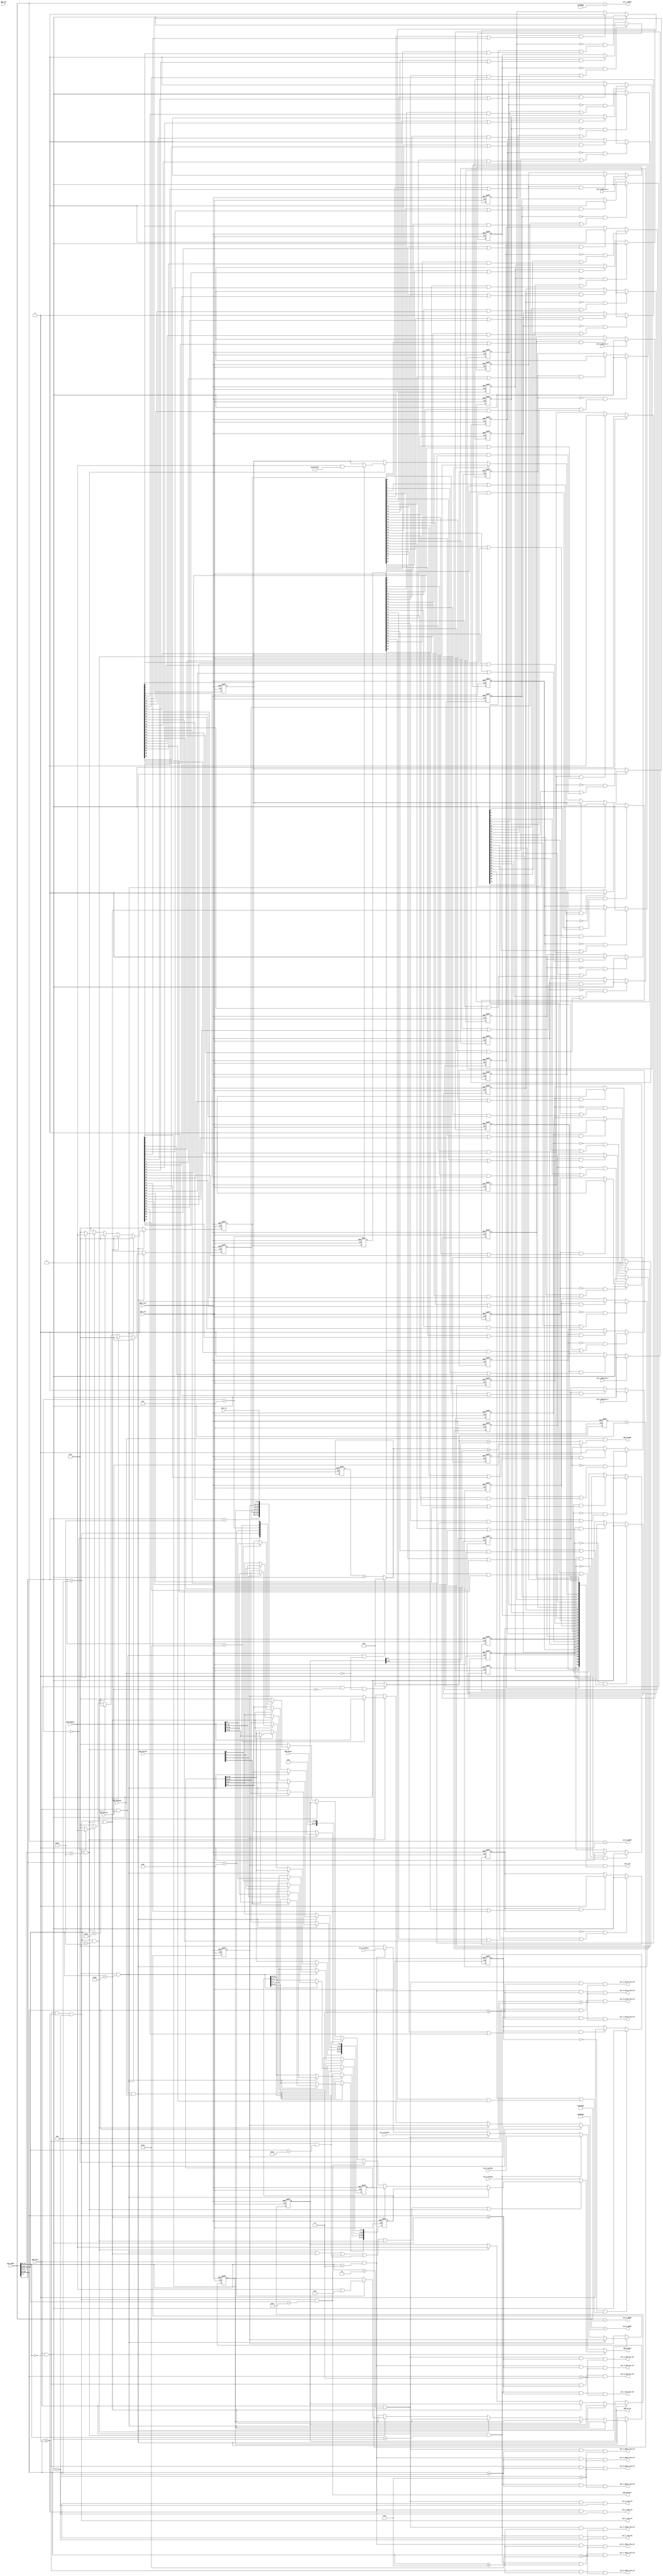
// ================================================================
// NVDLA Open Source Project
// 
// Copyright(c) 2016 - 2017 NVIDIA Corporation.  Licensed under the
// NVDLA Open Hardware License; Check "LICENSE" which comes with 
// this distribution for more information.
// ================================================================


module NV_FPGA_unit_checkbox_mem_dut_apb_slave (
   apb_clk
  ,apb_rstn
  ,apb_paddr
  ,apb_penable
  ,apb_pns
  ,apb_psel
  ,apb_puser
  ,apb_pwdata
  ,apb_pwrite
  ,apb_pwstrb
  ,axi_0_prdata
  ,axi_1_prdata
  ,axi_2_prdata
  ,axi_3_prdata
  ,intr_in
  ,test_complete_0
  ,test_complete_1
  ,test_complete_2
  ,test_complete_3
  ,apb_prdata
  ,apb_pready
  ,apb_pslverr
  ,apb_wr_op
  ,axi_0_cmd_ram_sel
  ,axi_0_paddr
  ,axi_0_rdata_ram_sel
  ,axi_0_reg_sel
  ,axi_0_wdata_ram_sel
  ,axi_0_wstrb_ram_sel
  ,axi_1_cmd_ram_sel
  ,axi_1_paddr
  ,axi_1_rdata_ram_sel
  ,axi_1_reg_sel
  ,axi_1_wdata_ram_sel
  ,axi_1_wstrb_ram_sel
  ,axi_2_cmd_ram_sel
  ,axi_2_paddr
  ,axi_2_rdata_ram_sel
  ,axi_2_reg_sel
  ,axi_2_wdata_ram_sel
  ,axi_2_wstrb_ram_sel
  ,axi_3_cmd_ram_sel
  ,axi_3_paddr
  ,axi_3_rdata_ram_sel
  ,axi_3_reg_sel
  ,axi_3_wdata_ram_sel
  ,axi_3_wstrb_ram_sel
  ,intr_out
  );
input         apb_clk;
input         apb_rstn;
input  [23:0] apb_paddr;
input         apb_penable;
input         apb_pns;
input         apb_psel;
input  [12:0] apb_puser;
input  [31:0] apb_pwdata;
input         apb_pwrite;
input   [3:0] apb_pwstrb;
input  [31:0] axi_0_prdata;
input  [31:0] axi_1_prdata;
input  [31:0] axi_2_prdata;
input  [31:0] axi_3_prdata;
input  [31:0] intr_in;
input         test_complete_0;
input         test_complete_1;
input         test_complete_2;
input         test_complete_3;
output [31:0] apb_prdata;
output        apb_pready;
output        apb_pslverr;
output        apb_wr_op;
output        axi_0_cmd_ram_sel;
output [23:0] axi_0_paddr;
output        axi_0_rdata_ram_sel;
output        axi_0_reg_sel;
output        axi_0_wdata_ram_sel;
output        axi_0_wstrb_ram_sel;
output        axi_1_cmd_ram_sel;
output [23:0] axi_1_paddr;
output        axi_1_rdata_ram_sel;
output        axi_1_reg_sel;
output        axi_1_wdata_ram_sel;
output        axi_1_wstrb_ram_sel;
output        axi_2_cmd_ram_sel;
output [23:0] axi_2_paddr;
output        axi_2_rdata_ram_sel;
output        axi_2_reg_sel;
output        axi_2_wdata_ram_sel;
output        axi_2_wstrb_ram_sel;
output        axi_3_cmd_ram_sel;
output [23:0] axi_3_paddr;
output        axi_3_rdata_ram_sel;
output        axi_3_reg_sel;
output        axi_3_wdata_ram_sel;
output        axi_3_wstrb_ram_sel;
output [31:0] intr_out;
reg    [31:0] apb_delay_reg;
reg    [31:0] apb_prdata;
reg     [7:0] apb_rd_cnt_reg;
reg    [31:0] apb_test_reg1;
reg    [31:0] apb_test_reg2;
reg    [31:0] apb_test_reg_prdata;
reg     [7:0] apb_wr_cnt_reg;
reg    [31:0] intr_reg;
reg    [31:0] reg_apb_timer;
reg    [31:0] reg_intr_test_clear;
reg    [31:0] reg_intr_test_clear_1t;
reg    [31:0] reg_intr_test_en;
reg    [31:0] reg_intr_test_mode1;
reg    [31:0] reg_intr_test_mode2;
reg    [31:0] reg_intr_test_set;
wire          apb_delay_done;
wire          apb_delay_reg_sel;
wire    [7:0] apb_rd_cnt;
wire          apb_rd_op;
wire    [7:0] apb_rd_random_delay;
wire          apb_test_reg1_sel;
wire          apb_test_reg2_sel;
wire          apb_test_reg3_sel;
wire          apb_test_reg4_sel;
wire          apb_test_reg_sel;
wire          apb_timer_reg_sel;
wire    [7:0] apb_wr_cnt;
wire    [7:0] apb_wr_random_delay;
wire    [3:0] axi_0_base_addr;
wire          axi_0_sel;
wire    [3:0] axi_1_base_addr;
wire          axi_1_sel;
wire    [3:0] axi_2_base_addr;
wire          axi_2_sel;
wire    [3:0] axi_3_base_addr;
wire          axi_3_sel;
wire          intr_test_reg_sel;
wire   [31:0] reg_intr_test_downstream;


//input          apb_psel;
//input          apb_penable;
//input          apb_pwrite;
//input          apb_pns;
//input [3:0]    apb_pwstrb;
//input [23:0]   apb_paddr;
//input [31:0]   apb_pwdata;
//output           apb_pslverr;
//output           apb_pready;
//output  [31:0]   apb_prdata;




/////////////////////////////////////////////////////////////////////////////////
// address decode
/////////////////////////////////////////////////////////////////////////////////

parameter APB_BASE_ADDR  = 24'h000000;
parameter AXI_PORT_SPACE = 24'h100000;

// use APB_REG1 to define APB_WR_RAMDOM_DELAY and APB_RD_RANDOM_DELAY.
parameter APB_DELAY_REG_OFFSET = 16'h0080;
parameter APB_TIMER_REG_OFFSET = 16'h0084;
parameter APB_TEST_REG1_OFFSET = 16'h0100;
parameter APB_TEST_REG2_OFFSET = 16'h0104;
parameter APB_TEST_REG3_OFFSET = 16'h0108;
parameter APB_TEST_REG4_OFFSET = 16'h010C;

parameter INTR_TEST_REG_BASE = 16'h2000;
parameter INTR_TEST_SET_REG = 8'h00;    // write 1 to set interrupt bits
parameter INTR_TEST_CLEAR_REG = 8'h04;  // write 1 to clear interrupt bits
parameter INTR_TEST_MODE1_REG = 8'h08;  // set interrupt type: level or pulse
parameter INTR_TEST_MODE2_REG = 8'h0C;  // set 1 to enable assert interrupt imediately after clear that bit.
parameter INTR_TEST_EN_REG    = 8'h10;  // enable interrupt bits.

parameter INTR_TEST_DOWNSTREAM_REG = 8'h20;

// bit [19:16]
`define NV_FPGA_UNIT_MEM_DUT_AXI_REG_BASE        4'h0
`define NV_FPGA_UNIT_MEM_DUT_AXI_CMD_RAM_BASE    4'h1
`define NV_FPGA_UNIT_MEM_DUT_AXI_WE_RAM_BASE     4'h3
`define NV_FPGA_UNIT_MEM_DUT_AXI_WDATA_RAM_BASE  4'h4
`define NV_FPGA_UNIT_MEM_DUT_AXI_RDATA_RAM_BASE  4'hA

assign axi_0_base_addr = (APB_BASE_ADDR[23:20] + (AXI_PORT_SPACE[23:20]*0));
assign axi_0_paddr = (apb_paddr - {axi_0_base_addr, 20'b0}); // spyglass disable W484
assign axi_0_sel = apb_psel & (apb_paddr[23:20] == axi_0_base_addr);
assign axi_0_reg_sel        = axi_0_sel & (apb_paddr[19:16] >= `NV_FPGA_UNIT_MEM_DUT_AXI_REG_BASE      ) & (apb_paddr[19:16] < `NV_FPGA_UNIT_MEM_DUT_AXI_CMD_RAM_BASE  );
assign axi_0_cmd_ram_sel    = axi_0_sel & (apb_paddr[19:16] >= `NV_FPGA_UNIT_MEM_DUT_AXI_CMD_RAM_BASE  ) & (apb_paddr[19:16] < `NV_FPGA_UNIT_MEM_DUT_AXI_WE_RAM_BASE   );
assign axi_0_wstrb_ram_sel  = axi_0_sel & (apb_paddr[19:16] >= `NV_FPGA_UNIT_MEM_DUT_AXI_WE_RAM_BASE   ) & (apb_paddr[19:16] < `NV_FPGA_UNIT_MEM_DUT_AXI_WDATA_RAM_BASE);
assign axi_0_wdata_ram_sel  = axi_0_sel & (apb_paddr[19:16] >= `NV_FPGA_UNIT_MEM_DUT_AXI_WDATA_RAM_BASE) & (apb_paddr[19:16] < `NV_FPGA_UNIT_MEM_DUT_AXI_RDATA_RAM_BASE);
assign axi_0_rdata_ram_sel  = axi_0_sel & (apb_paddr[19:16] >= `NV_FPGA_UNIT_MEM_DUT_AXI_RDATA_RAM_BASE) & (apb_paddr[19:16] < AXI_PORT_SPACE[23:16]);

assign axi_1_base_addr = (APB_BASE_ADDR[23:20] + (AXI_PORT_SPACE[23:20]*1));
assign axi_1_paddr = (apb_paddr - {axi_1_base_addr, 20'b0}); // spyglass disable W484
assign axi_1_sel = apb_psel & (apb_paddr[23:20] == axi_1_base_addr);
assign axi_1_reg_sel        = axi_1_sel & (apb_paddr[19:16] >= `NV_FPGA_UNIT_MEM_DUT_AXI_REG_BASE      ) & (apb_paddr[19:16] < `NV_FPGA_UNIT_MEM_DUT_AXI_CMD_RAM_BASE  );
assign axi_1_cmd_ram_sel    = axi_1_sel & (apb_paddr[19:16] >= `NV_FPGA_UNIT_MEM_DUT_AXI_CMD_RAM_BASE  ) & (apb_paddr[19:16] < `NV_FPGA_UNIT_MEM_DUT_AXI_WE_RAM_BASE   );
assign axi_1_wstrb_ram_sel  = axi_1_sel & (apb_paddr[19:16] >= `NV_FPGA_UNIT_MEM_DUT_AXI_WE_RAM_BASE   ) & (apb_paddr[19:16] < `NV_FPGA_UNIT_MEM_DUT_AXI_WDATA_RAM_BASE);
assign axi_1_wdata_ram_sel  = axi_1_sel & (apb_paddr[19:16] >= `NV_FPGA_UNIT_MEM_DUT_AXI_WDATA_RAM_BASE) & (apb_paddr[19:16] < `NV_FPGA_UNIT_MEM_DUT_AXI_RDATA_RAM_BASE);
assign axi_1_rdata_ram_sel  = axi_1_sel & (apb_paddr[19:16] >= `NV_FPGA_UNIT_MEM_DUT_AXI_RDATA_RAM_BASE) & (apb_paddr[19:16] < AXI_PORT_SPACE[23:16]);

assign axi_2_base_addr = (APB_BASE_ADDR[23:20] + (AXI_PORT_SPACE[23:20]*2));
assign axi_2_paddr = (apb_paddr - {axi_2_base_addr, 20'b0}); // spyglass disable W484
assign axi_2_sel = apb_psel & (apb_paddr[23:20] == axi_2_base_addr);
assign axi_2_reg_sel        = axi_2_sel & (apb_paddr[19:16] >= `NV_FPGA_UNIT_MEM_DUT_AXI_REG_BASE      ) & (apb_paddr[19:16] < `NV_FPGA_UNIT_MEM_DUT_AXI_CMD_RAM_BASE  );
assign axi_2_cmd_ram_sel    = axi_2_sel & (apb_paddr[19:16] >= `NV_FPGA_UNIT_MEM_DUT_AXI_CMD_RAM_BASE  ) & (apb_paddr[19:16] < `NV_FPGA_UNIT_MEM_DUT_AXI_WE_RAM_BASE   );
assign axi_2_wstrb_ram_sel  = axi_2_sel & (apb_paddr[19:16] >= `NV_FPGA_UNIT_MEM_DUT_AXI_WE_RAM_BASE   ) & (apb_paddr[19:16] < `NV_FPGA_UNIT_MEM_DUT_AXI_WDATA_RAM_BASE);
assign axi_2_wdata_ram_sel  = axi_2_sel & (apb_paddr[19:16] >= `NV_FPGA_UNIT_MEM_DUT_AXI_WDATA_RAM_BASE) & (apb_paddr[19:16] < `NV_FPGA_UNIT_MEM_DUT_AXI_RDATA_RAM_BASE);
assign axi_2_rdata_ram_sel  = axi_2_sel & (apb_paddr[19:16] >= `NV_FPGA_UNIT_MEM_DUT_AXI_RDATA_RAM_BASE) & (apb_paddr[19:16] < AXI_PORT_SPACE[23:16]);

assign axi_3_base_addr = (APB_BASE_ADDR[23:20] + (AXI_PORT_SPACE[23:20]*3));
assign axi_3_paddr = (apb_paddr - {axi_3_base_addr, 20'b0}); // spyglass disable W484
assign axi_3_sel = apb_psel & (apb_paddr[23:20] == axi_3_base_addr);
assign axi_3_reg_sel        = axi_3_sel & (apb_paddr[19:16] >= `NV_FPGA_UNIT_MEM_DUT_AXI_REG_BASE      ) & (apb_paddr[19:16] < `NV_FPGA_UNIT_MEM_DUT_AXI_CMD_RAM_BASE  );
assign axi_3_cmd_ram_sel    = axi_3_sel & (apb_paddr[19:16] >= `NV_FPGA_UNIT_MEM_DUT_AXI_CMD_RAM_BASE  ) & (apb_paddr[19:16] < `NV_FPGA_UNIT_MEM_DUT_AXI_WE_RAM_BASE   );
assign axi_3_wstrb_ram_sel  = axi_3_sel & (apb_paddr[19:16] >= `NV_FPGA_UNIT_MEM_DUT_AXI_WE_RAM_BASE   ) & (apb_paddr[19:16] < `NV_FPGA_UNIT_MEM_DUT_AXI_WDATA_RAM_BASE);
assign axi_3_wdata_ram_sel  = axi_3_sel & (apb_paddr[19:16] >= `NV_FPGA_UNIT_MEM_DUT_AXI_WDATA_RAM_BASE) & (apb_paddr[19:16] < `NV_FPGA_UNIT_MEM_DUT_AXI_RDATA_RAM_BASE);
assign axi_3_rdata_ram_sel  = axi_3_sel & (apb_paddr[19:16] >= `NV_FPGA_UNIT_MEM_DUT_AXI_RDATA_RAM_BASE) & (apb_paddr[19:16] < AXI_PORT_SPACE[23:16]);


assign apb_test_reg1_sel = axi_0_reg_sel & (apb_paddr[15:2] == APB_TEST_REG1_OFFSET[15:2]);
assign apb_test_reg2_sel = axi_0_reg_sel & (apb_paddr[15:2] == APB_TEST_REG2_OFFSET[15:2]);
assign apb_test_reg3_sel = axi_0_reg_sel & (apb_paddr[15:2] == APB_TEST_REG3_OFFSET[15:2]);
assign apb_test_reg4_sel = axi_0_reg_sel & (apb_paddr[15:2] == APB_TEST_REG4_OFFSET[15:2]);
assign apb_delay_reg_sel = axi_0_reg_sel & (apb_paddr[15:2] == APB_DELAY_REG_OFFSET[15:2]);
assign intr_test_reg_sel = axi_0_reg_sel & (apb_paddr[15:8] == INTR_TEST_REG_BASE[15:8]);
assign apb_timer_reg_sel = axi_0_reg_sel & (apb_paddr[15:2] == APB_TIMER_REG_OFFSET[15:2]);

assign apb_test_reg_sel = apb_test_reg1_sel | apb_test_reg2_sel | apb_test_reg3_sel | apb_test_reg4_sel | apb_delay_reg_sel | intr_test_reg_sel;

/////////////////////////////////////////////////////////////////////////////////
// data path connect
/////////////////////////////////////////////////////////////////////////////////

always @(
  axi_0_sel
  or apb_test_reg_sel
  or apb_test_reg_prdata
  or axi_0_prdata
  or axi_1_sel
  or axi_1_prdata
  or axi_2_sel
  or axi_2_prdata
  or axi_3_sel
  or axi_3_prdata
  ) begin
  case(1'b1) // spyglass disable W226
  axi_0_sel: apb_prdata = apb_test_reg_sel ? apb_test_reg_prdata : axi_0_prdata; // spyglass disable W171
  axi_1_sel: apb_prdata = axi_1_prdata; // spyglass disable W171
  axi_2_sel: apb_prdata = axi_2_prdata; // spyglass disable W171
  axi_3_sel: apb_prdata = axi_3_prdata; // spyglass disable W171
  default: apb_prdata = 0;
  endcase
end

always @(
  apb_test_reg1_sel
  or apb_test_reg1
  or apb_test_reg2_sel
  or apb_test_reg2
  or apb_test_reg3_sel
  or apb_test_reg4_sel
  or apb_puser
  or apb_delay_reg_sel
  or apb_delay_reg
  or intr_test_reg_sel
  or apb_paddr
  or reg_intr_test_set
  or reg_intr_test_clear
  or reg_intr_test_mode1
  or reg_intr_test_mode2
  or reg_intr_test_en
  or reg_intr_test_downstream
  ) begin
  if(apb_test_reg1_sel)
    apb_test_reg_prdata = apb_test_reg1;
  else if(apb_test_reg2_sel)
    apb_test_reg_prdata = apb_test_reg2;
  else if(apb_test_reg3_sel)
    apb_test_reg_prdata = 32'b0;
  else if(apb_test_reg4_sel)
    apb_test_reg_prdata = {19'b0, apb_puser};
  else if(apb_delay_reg_sel)
    apb_test_reg_prdata = apb_delay_reg;
  else if(intr_test_reg_sel)
    case(apb_paddr[7:0])
    INTR_TEST_SET_REG   : apb_test_reg_prdata = reg_intr_test_set;
    INTR_TEST_CLEAR_REG : apb_test_reg_prdata = reg_intr_test_clear;
    INTR_TEST_MODE1_REG : apb_test_reg_prdata = reg_intr_test_mode1;
    INTR_TEST_MODE2_REG : apb_test_reg_prdata = reg_intr_test_mode2;
    INTR_TEST_EN_REG    : apb_test_reg_prdata = reg_intr_test_en;   
    INTR_TEST_DOWNSTREAM_REG : apb_test_reg_prdata = reg_intr_test_downstream;
    default: apb_test_reg_prdata = 0;
    endcase
  else
    apb_test_reg_prdata = 0;
end

//&PerlBeg;
//  foreach my $axi_port_num (0..(AXI_MASTER_NUM-1)) {
//    vprintl
//"assign axi_0_pwdata = axi_${axi_port_num}_sel ? apb_pwdata : 0;";
//  }
//&PerlEnd;
//
//assign apb_test_reg_pwdata = apb_pwdata;

always @(posedge apb_clk or negedge apb_rstn) begin
  if (!apb_rstn) begin
    reg_intr_test_set <= {32{1'b0}};
    reg_intr_test_clear <= {32{1'b0}};
    reg_intr_test_clear_1t <= {32{1'b0}};
    apb_test_reg1[7:0] <= {8{1'b0}};
    apb_test_reg1[15:8] <= {8{1'b0}};
    apb_test_reg1[23:16] <= {8{1'b0}};
    apb_test_reg1[31:24] <= {8{1'b0}};
    apb_test_reg2[7:0] <= {8{1'b0}};
    apb_test_reg2[15:8] <= {8{1'b0}};
    apb_test_reg2[23:16] <= {8{1'b0}};
    apb_test_reg2[31:24] <= {8{1'b0}};
    apb_delay_reg[31:0] <= {32{1'b0}};
    reg_intr_test_mode1 <= {32{1'b0}};
    reg_intr_test_mode2 <= {32{1'b0}};
    reg_intr_test_en <= {32{1'b0}};
  end else begin
  reg_intr_test_set   <= 0;
  reg_intr_test_clear <= 0;
  reg_intr_test_clear_1t <= reg_intr_test_clear;
  if (apb_wr_op == 1'b1) begin
    if(apb_test_reg1_sel) begin
      apb_test_reg1[7:0]   <= apb_pwstrb[0] ? apb_pwdata[7:0]   : apb_test_reg1[7:0]; // spyglass disable W171
      apb_test_reg1[15:8]  <= apb_pwstrb[1] ? apb_pwdata[15:8]  : apb_test_reg1[15:8]; // spyglass disable W171
      apb_test_reg1[23:16] <= apb_pwstrb[2] ? apb_pwdata[23:16] : apb_test_reg1[23:16]; // spyglass disable W171
      apb_test_reg1[31:24] <= apb_pwstrb[3] ? apb_pwdata[31:24] : apb_test_reg1[31:24]; // spyglass disable W171
    end
    else if(apb_test_reg2_sel) begin
      apb_test_reg2[7:0]   <= apb_pwstrb[0] ? apb_pwdata[7:0]   : apb_test_reg2[7:0]; // spyglass disable W171
      apb_test_reg2[15:8]  <= apb_pwstrb[1] ? apb_pwdata[15:8]  : apb_test_reg2[15:8]; // spyglass disable W171
      apb_test_reg2[23:16] <= apb_pwstrb[2] ? apb_pwdata[23:16] : apb_test_reg2[23:16]; // spyglass disable W171
      apb_test_reg2[31:24] <= apb_pwstrb[3] ? apb_pwdata[31:24] : apb_test_reg2[31:24]; // spyglass disable W171
    end
    else if(apb_delay_reg_sel)
      apb_delay_reg[31:0] <= apb_pwdata[31:0]; // spyglass disable W171
    else if(intr_test_reg_sel)
      case(apb_paddr[7:0]) //spyglass disable W71
      INTR_TEST_SET_REG   : reg_intr_test_set   <= apb_pwdata;
      INTR_TEST_CLEAR_REG : reg_intr_test_clear <= apb_pwdata;
      INTR_TEST_MODE1_REG : reg_intr_test_mode1 <= apb_pwdata | 32'h0000_000F;
      INTR_TEST_MODE2_REG : reg_intr_test_mode2 <= apb_pwdata & 32'hFFFF_FFF0;
      INTR_TEST_EN_REG    : reg_intr_test_en    <= apb_pwdata;
      endcase
  end
  end
end

assign apb_wr_random_delay = apb_delay_reg[7:0];
assign apb_rd_random_delay = apb_delay_reg[15:8];

/////////////////////////////////////////////////////////////////////////////////
// apb interface flow control 
/////////////////////////////////////////////////////////////////////////////////

assign apb_pslverr =  apb_test_reg3_sel;
assign apb_pready = apb_penable & apb_delay_done;

assign apb_delay_done = apb_pwrite ? (apb_wr_cnt > apb_wr_random_delay) : (apb_rd_cnt > apb_rd_random_delay);

assign apb_wr_cnt = (apb_psel & apb_pwrite & ~apb_penable) ? 0 : (apb_wr_cnt_reg + 1'b1);
always @(posedge apb_clk or negedge apb_rstn) begin
  if (!apb_rstn) begin
    apb_wr_cnt_reg <= {8{1'b0}};
  end else begin
  apb_wr_cnt_reg <= apb_wr_cnt;
  end
end

assign apb_rd_cnt = (apb_psel & ~apb_pwrite & ~apb_penable) ? 0 : (apb_rd_cnt_reg + 1'b1);
always @(posedge apb_clk or negedge apb_rstn) begin
  if (!apb_rstn) begin
    apb_rd_cnt_reg <= {8{1'b0}};
  end else begin
  apb_rd_cnt_reg <= apb_rd_cnt;
  end
end

assign apb_wr_op = apb_psel & apb_pwrite & apb_penable;
assign apb_rd_op = apb_psel & ~apb_pwrite & apb_penable;

/////////////////////////////////////////////////////////////////////////////////
// interrupt generation for testing
/////////////////////////////////////////////////////////////////////////////////

// upstream interrupt
// bit 0: assert if test_complete assertd; de-assert if (clear it or in pulse intr mode)
// bit 1-31: assert if (set it or clear it in back-to-back intr mode); de-assert if (clear it or in pulse intr mode)
always @(posedge apb_clk or negedge apb_rstn) begin
  if (!apb_rstn) begin
    intr_reg[0] <= 1'b0;
  end else begin
    if(test_complete_0)
      intr_reg[0] <= 1'b1;
    else if(intr_reg[0] & (reg_intr_test_clear[0] | reg_intr_test_mode1[0]))
      intr_reg[0] <= 1'b0;
  end
end
always @(posedge apb_clk or negedge apb_rstn) begin
  if (!apb_rstn) begin
    intr_reg[1] <= 1'b0;
  end else begin
    if(test_complete_1)
      intr_reg[1] <= 1'b1;
    else if(intr_reg[1] & (reg_intr_test_clear[1] | reg_intr_test_mode1[1]))
      intr_reg[1] <= 1'b0;
  end
end
always @(posedge apb_clk or negedge apb_rstn) begin
  if (!apb_rstn) begin
    intr_reg[2] <= 1'b0;
  end else begin
    if(test_complete_2)
      intr_reg[2] <= 1'b1;
    else if(intr_reg[2] & (reg_intr_test_clear[2] | reg_intr_test_mode1[2]))
      intr_reg[2] <= 1'b0;
  end
end
always @(posedge apb_clk or negedge apb_rstn) begin
  if (!apb_rstn) begin
    intr_reg[3] <= 1'b0;
  end else begin
    if(test_complete_3)
      intr_reg[3] <= 1'b1;
    else if(intr_reg[3] & (reg_intr_test_clear[3] | reg_intr_test_mode1[3]))
      intr_reg[3] <= 1'b0;
  end
end
always @(posedge apb_clk or negedge apb_rstn) begin
  if (!apb_rstn) begin
    intr_reg[4] <= 1'b0;
  end else begin
    if(~intr_reg[4] & (reg_intr_test_set[4] | (reg_intr_test_clear_1t[4] & reg_intr_test_mode2[4])))
      intr_reg[4] <= 1'b1;
    else if(intr_reg[4] & (reg_intr_test_clear[4] | reg_intr_test_mode1[4]))
      intr_reg[4] <= 1'b0;
  end
end
always @(posedge apb_clk or negedge apb_rstn) begin
  if (!apb_rstn) begin
    intr_reg[5] <= 1'b0;
  end else begin
    if(~intr_reg[5] & (reg_intr_test_set[5] | (reg_intr_test_clear_1t[5] & reg_intr_test_mode2[5])))
      intr_reg[5] <= 1'b1;
    else if(intr_reg[5] & (reg_intr_test_clear[5] | reg_intr_test_mode1[5]))
      intr_reg[5] <= 1'b0;
  end
end
always @(posedge apb_clk or negedge apb_rstn) begin
  if (!apb_rstn) begin
    intr_reg[6] <= 1'b0;
  end else begin
    if(~intr_reg[6] & (reg_intr_test_set[6] | (reg_intr_test_clear_1t[6] & reg_intr_test_mode2[6])))
      intr_reg[6] <= 1'b1;
    else if(intr_reg[6] & (reg_intr_test_clear[6] | reg_intr_test_mode1[6]))
      intr_reg[6] <= 1'b0;
  end
end
always @(posedge apb_clk or negedge apb_rstn) begin
  if (!apb_rstn) begin
    intr_reg[7] <= 1'b0;
  end else begin
    if(~intr_reg[7] & (reg_intr_test_set[7] | (reg_intr_test_clear_1t[7] & reg_intr_test_mode2[7])))
      intr_reg[7] <= 1'b1;
    else if(intr_reg[7] & (reg_intr_test_clear[7] | reg_intr_test_mode1[7]))
      intr_reg[7] <= 1'b0;
  end
end
always @(posedge apb_clk or negedge apb_rstn) begin
  if (!apb_rstn) begin
    intr_reg[8] <= 1'b0;
  end else begin
    if(~intr_reg[8] & (reg_intr_test_set[8] | (reg_intr_test_clear_1t[8] & reg_intr_test_mode2[8])))
      intr_reg[8] <= 1'b1;
    else if(intr_reg[8] & (reg_intr_test_clear[8] | reg_intr_test_mode1[8]))
      intr_reg[8] <= 1'b0;
  end
end
always @(posedge apb_clk or negedge apb_rstn) begin
  if (!apb_rstn) begin
    intr_reg[9] <= 1'b0;
  end else begin
    if(~intr_reg[9] & (reg_intr_test_set[9] | (reg_intr_test_clear_1t[9] & reg_intr_test_mode2[9])))
      intr_reg[9] <= 1'b1;
    else if(intr_reg[9] & (reg_intr_test_clear[9] | reg_intr_test_mode1[9]))
      intr_reg[9] <= 1'b0;
  end
end
always @(posedge apb_clk or negedge apb_rstn) begin
  if (!apb_rstn) begin
    intr_reg[10] <= 1'b0;
  end else begin
    if(~intr_reg[10] & (reg_intr_test_set[10] | (reg_intr_test_clear_1t[10] & reg_intr_test_mode2[10])))
      intr_reg[10] <= 1'b1;
    else if(intr_reg[10] & (reg_intr_test_clear[10] | reg_intr_test_mode1[10]))
      intr_reg[10] <= 1'b0;
  end
end
always @(posedge apb_clk or negedge apb_rstn) begin
  if (!apb_rstn) begin
    intr_reg[11] <= 1'b0;
  end else begin
    if(~intr_reg[11] & (reg_intr_test_set[11] | (reg_intr_test_clear_1t[11] & reg_intr_test_mode2[11])))
      intr_reg[11] <= 1'b1;
    else if(intr_reg[11] & (reg_intr_test_clear[11] | reg_intr_test_mode1[11]))
      intr_reg[11] <= 1'b0;
  end
end
always @(posedge apb_clk or negedge apb_rstn) begin
  if (!apb_rstn) begin
    intr_reg[12] <= 1'b0;
  end else begin
    if(~intr_reg[12] & (reg_intr_test_set[12] | (reg_intr_test_clear_1t[12] & reg_intr_test_mode2[12])))
      intr_reg[12] <= 1'b1;
    else if(intr_reg[12] & (reg_intr_test_clear[12] | reg_intr_test_mode1[12]))
      intr_reg[12] <= 1'b0;
  end
end
always @(posedge apb_clk or negedge apb_rstn) begin
  if (!apb_rstn) begin
    intr_reg[13] <= 1'b0;
  end else begin
    if(~intr_reg[13] & (reg_intr_test_set[13] | (reg_intr_test_clear_1t[13] & reg_intr_test_mode2[13])))
      intr_reg[13] <= 1'b1;
    else if(intr_reg[13] & (reg_intr_test_clear[13] | reg_intr_test_mode1[13]))
      intr_reg[13] <= 1'b0;
  end
end
always @(posedge apb_clk or negedge apb_rstn) begin
  if (!apb_rstn) begin
    intr_reg[14] <= 1'b0;
  end else begin
    if(~intr_reg[14] & (reg_intr_test_set[14] | (reg_intr_test_clear_1t[14] & reg_intr_test_mode2[14])))
      intr_reg[14] <= 1'b1;
    else if(intr_reg[14] & (reg_intr_test_clear[14] | reg_intr_test_mode1[14]))
      intr_reg[14] <= 1'b0;
  end
end
always @(posedge apb_clk or negedge apb_rstn) begin
  if (!apb_rstn) begin
    intr_reg[15] <= 1'b0;
  end else begin
    if(~intr_reg[15] & (reg_intr_test_set[15] | (reg_intr_test_clear_1t[15] & reg_intr_test_mode2[15])))
      intr_reg[15] <= 1'b1;
    else if(intr_reg[15] & (reg_intr_test_clear[15] | reg_intr_test_mode1[15]))
      intr_reg[15] <= 1'b0;
  end
end
always @(posedge apb_clk or negedge apb_rstn) begin
  if (!apb_rstn) begin
    intr_reg[16] <= 1'b0;
  end else begin
    if(~intr_reg[16] & (reg_intr_test_set[16] | (reg_intr_test_clear_1t[16] & reg_intr_test_mode2[16])))
      intr_reg[16] <= 1'b1;
    else if(intr_reg[16] & (reg_intr_test_clear[16] | reg_intr_test_mode1[16]))
      intr_reg[16] <= 1'b0;
  end
end
always @(posedge apb_clk or negedge apb_rstn) begin
  if (!apb_rstn) begin
    intr_reg[17] <= 1'b0;
  end else begin
    if(~intr_reg[17] & (reg_intr_test_set[17] | (reg_intr_test_clear_1t[17] & reg_intr_test_mode2[17])))
      intr_reg[17] <= 1'b1;
    else if(intr_reg[17] & (reg_intr_test_clear[17] | reg_intr_test_mode1[17]))
      intr_reg[17] <= 1'b0;
  end
end
always @(posedge apb_clk or negedge apb_rstn) begin
  if (!apb_rstn) begin
    intr_reg[18] <= 1'b0;
  end else begin
    if(~intr_reg[18] & (reg_intr_test_set[18] | (reg_intr_test_clear_1t[18] & reg_intr_test_mode2[18])))
      intr_reg[18] <= 1'b1;
    else if(intr_reg[18] & (reg_intr_test_clear[18] | reg_intr_test_mode1[18]))
      intr_reg[18] <= 1'b0;
  end
end
always @(posedge apb_clk or negedge apb_rstn) begin
  if (!apb_rstn) begin
    intr_reg[19] <= 1'b0;
  end else begin
    if(~intr_reg[19] & (reg_intr_test_set[19] | (reg_intr_test_clear_1t[19] & reg_intr_test_mode2[19])))
      intr_reg[19] <= 1'b1;
    else if(intr_reg[19] & (reg_intr_test_clear[19] | reg_intr_test_mode1[19]))
      intr_reg[19] <= 1'b0;
  end
end
always @(posedge apb_clk or negedge apb_rstn) begin
  if (!apb_rstn) begin
    intr_reg[20] <= 1'b0;
  end else begin
    if(~intr_reg[20] & (reg_intr_test_set[20] | (reg_intr_test_clear_1t[20] & reg_intr_test_mode2[20])))
      intr_reg[20] <= 1'b1;
    else if(intr_reg[20] & (reg_intr_test_clear[20] | reg_intr_test_mode1[20]))
      intr_reg[20] <= 1'b0;
  end
end
always @(posedge apb_clk or negedge apb_rstn) begin
  if (!apb_rstn) begin
    intr_reg[21] <= 1'b0;
  end else begin
    if(~intr_reg[21] & (reg_intr_test_set[21] | (reg_intr_test_clear_1t[21] & reg_intr_test_mode2[21])))
      intr_reg[21] <= 1'b1;
    else if(intr_reg[21] & (reg_intr_test_clear[21] | reg_intr_test_mode1[21]))
      intr_reg[21] <= 1'b0;
  end
end
always @(posedge apb_clk or negedge apb_rstn) begin
  if (!apb_rstn) begin
    intr_reg[22] <= 1'b0;
  end else begin
    if(~intr_reg[22] & (reg_intr_test_set[22] | (reg_intr_test_clear_1t[22] & reg_intr_test_mode2[22])))
      intr_reg[22] <= 1'b1;
    else if(intr_reg[22] & (reg_intr_test_clear[22] | reg_intr_test_mode1[22]))
      intr_reg[22] <= 1'b0;
  end
end
always @(posedge apb_clk or negedge apb_rstn) begin
  if (!apb_rstn) begin
    intr_reg[23] <= 1'b0;
  end else begin
    if(~intr_reg[23] & (reg_intr_test_set[23] | (reg_intr_test_clear_1t[23] & reg_intr_test_mode2[23])))
      intr_reg[23] <= 1'b1;
    else if(intr_reg[23] & (reg_intr_test_clear[23] | reg_intr_test_mode1[23]))
      intr_reg[23] <= 1'b0;
  end
end
always @(posedge apb_clk or negedge apb_rstn) begin
  if (!apb_rstn) begin
    intr_reg[24] <= 1'b0;
  end else begin
    if(~intr_reg[24] & (reg_intr_test_set[24] | (reg_intr_test_clear_1t[24] & reg_intr_test_mode2[24])))
      intr_reg[24] <= 1'b1;
    else if(intr_reg[24] & (reg_intr_test_clear[24] | reg_intr_test_mode1[24]))
      intr_reg[24] <= 1'b0;
  end
end
always @(posedge apb_clk or negedge apb_rstn) begin
  if (!apb_rstn) begin
    intr_reg[25] <= 1'b0;
  end else begin
    if(~intr_reg[25] & (reg_intr_test_set[25] | (reg_intr_test_clear_1t[25] & reg_intr_test_mode2[25])))
      intr_reg[25] <= 1'b1;
    else if(intr_reg[25] & (reg_intr_test_clear[25] | reg_intr_test_mode1[25]))
      intr_reg[25] <= 1'b0;
  end
end
always @(posedge apb_clk or negedge apb_rstn) begin
  if (!apb_rstn) begin
    intr_reg[26] <= 1'b0;
  end else begin
    if(~intr_reg[26] & (reg_intr_test_set[26] | (reg_intr_test_clear_1t[26] & reg_intr_test_mode2[26])))
      intr_reg[26] <= 1'b1;
    else if(intr_reg[26] & (reg_intr_test_clear[26] | reg_intr_test_mode1[26]))
      intr_reg[26] <= 1'b0;
  end
end
always @(posedge apb_clk or negedge apb_rstn) begin
  if (!apb_rstn) begin
    intr_reg[27] <= 1'b0;
  end else begin
    if(~intr_reg[27] & (reg_intr_test_set[27] | (reg_intr_test_clear_1t[27] & reg_intr_test_mode2[27])))
      intr_reg[27] <= 1'b1;
    else if(intr_reg[27] & (reg_intr_test_clear[27] | reg_intr_test_mode1[27]))
      intr_reg[27] <= 1'b0;
  end
end
always @(posedge apb_clk or negedge apb_rstn) begin
  if (!apb_rstn) begin
    intr_reg[28] <= 1'b0;
  end else begin
    if(~intr_reg[28] & (reg_intr_test_set[28] | (reg_intr_test_clear_1t[28] & reg_intr_test_mode2[28])))
      intr_reg[28] <= 1'b1;
    else if(intr_reg[28] & (reg_intr_test_clear[28] | reg_intr_test_mode1[28]))
      intr_reg[28] <= 1'b0;
  end
end
always @(posedge apb_clk or negedge apb_rstn) begin
  if (!apb_rstn) begin
    intr_reg[29] <= 1'b0;
  end else begin
    if(~intr_reg[29] & (reg_intr_test_set[29] | (reg_intr_test_clear_1t[29] & reg_intr_test_mode2[29])))
      intr_reg[29] <= 1'b1;
    else if(intr_reg[29] & (reg_intr_test_clear[29] | reg_intr_test_mode1[29]))
      intr_reg[29] <= 1'b0;
  end
end
always @(posedge apb_clk or negedge apb_rstn) begin
  if (!apb_rstn) begin
    intr_reg[30] <= 1'b0;
  end else begin
    if(~intr_reg[30] & (reg_intr_test_set[30] | (reg_intr_test_clear_1t[30] & reg_intr_test_mode2[30])))
      intr_reg[30] <= 1'b1;
    else if(intr_reg[30] & (reg_intr_test_clear[30] | reg_intr_test_mode1[30]))
      intr_reg[30] <= 1'b0;
  end
end
always @(posedge apb_clk or negedge apb_rstn) begin
  if (!apb_rstn) begin
    intr_reg[31] <= 1'b0;
  end else begin
    if(~intr_reg[31] & (reg_intr_test_set[31] | (reg_intr_test_clear_1t[31] & reg_intr_test_mode2[31])))
      intr_reg[31] <= 1'b1;
    else if(intr_reg[31] & (reg_intr_test_clear[31] | reg_intr_test_mode1[31]))
      intr_reg[31] <= 1'b0;
  end
end

assign intr_out = reg_intr_test_en & intr_reg;

// downstream interrupt
//assign reg_intr_test_downstream_wr = apb_wr_op & intr_test_reg_sel & (apb_paddr[7:0] == INTR_TEST_DOWNSTREAM_REG);
//
//&PerlBeg;
//foreach my $i (0..31) {
//  vprintl
//"&Always posedge;",
//"    if(intr_in[$i])",
//"      reg_intr_test_downstream[$i] <0= 1'b1;",
//"    else if(reg_intr_test_downstream_wr & apb_pwdata[$i])",
//"      reg_intr_test_downstream[$i] <0= 1'b0;",
//"&End;";
//}
//&PerlEnd;
assign reg_intr_test_downstream[31:0] = intr_in[31:0];

/////////////////////////////////////////////////////////////////////////////////
// general timer for debug use
/////////////////////////////////////////////////////////////////////////////////

always @(posedge apb_clk or negedge apb_rstn) begin
  if (!apb_rstn) begin
    reg_apb_timer <= {32{1'b0}};
  end else begin
    if(apb_wr_op & apb_timer_reg_sel)
      reg_apb_timer <= apb_pwdata;
    else
      reg_apb_timer <= reg_apb_timer + 1;
  end
end

endmodule // NV_FPGA_unit_checkbox_mem_dut_apb_slave